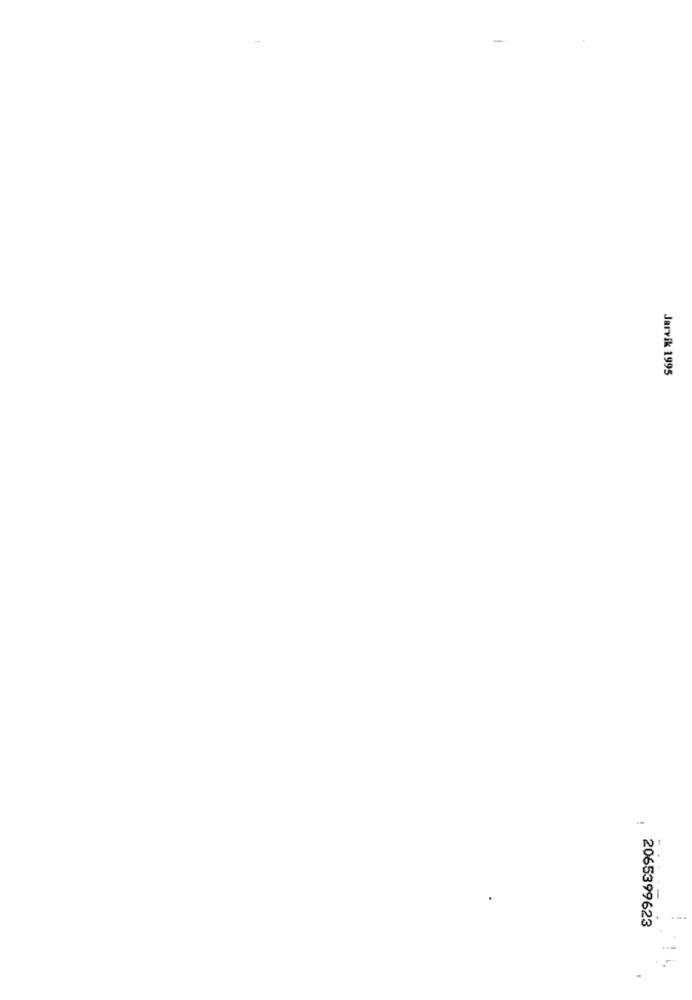
Jarvik 1995
2065399623